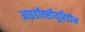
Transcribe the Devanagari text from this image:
आइडॉक्सीयूरिडीन